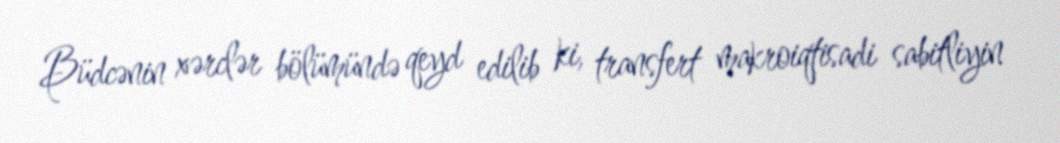
Büdcənin xərclər bölümündə qeyd edilib ki, transfert makroiqtisadi sabitliyin